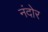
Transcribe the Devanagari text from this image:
नंदोर